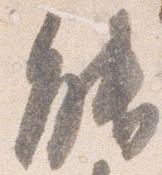
能